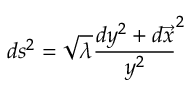
d s ^ { 2 } = \sqrt { \lambda } \frac { d y ^ { 2 } + d \overrightarrow { x } } { y ^ { 2 } } ^ { 2 }